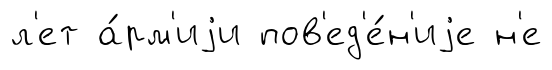
л'ет а́рм'иjи пов'ед'е́н'иjе н'е